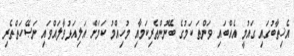
އެޚިތާބުގައި ގައުމީ އެއްބައި ވަންތަ ކަމުގެ ބޭނުންތެރިކަމާއި މުހިއްމު ކަމަށް އަލިއަޅުވާލައްވައި ނަޞޭހަތްތެރި